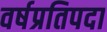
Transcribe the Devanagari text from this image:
वर्षप्रतिपदा